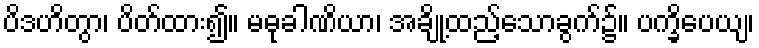
ပိဒဟိတွာ၊ ပိတ်ထား၍။ မဓုခါဏိယာ၊ အချို့ထည့်သောခွက်၌။ ပက္ခိပေယျ၊